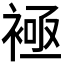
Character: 𧛘